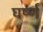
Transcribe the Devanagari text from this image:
घर्ष्ण